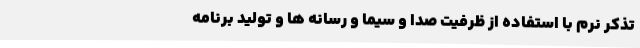
تذکر نرم با استفاده از ظرفیت صدا و سیما و رسانه ها و تولید برنامه